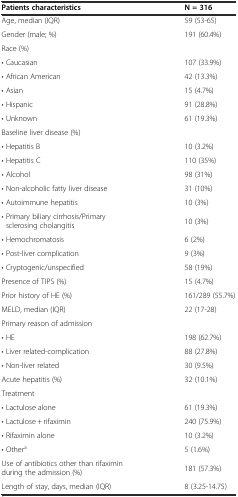
| Patients characteristics | N = 316 |
 | --- | --- |
 | Age, median (IQR) | 59 (53-65) |
 | Gender (male; %) | 191 (60.4%) |
 | Race (%) |  |
 | • Caucasian | 107 (33.9%) |
 | • African American | 42 (13.3%) |
 | • Asian | 15 (4.7%) |
 | • Hispanic | 91 (28.8%) |
 | • Unknown | 61 (19.3%) |
 | Baseline liver disease (%) |  |
 | • Hepatitis B | 10 (3.2%) |
 | • Hepatitis C | 110 (35%) |
 | • Alcohol | 98 (31%) |
 | • Non-alcoholic fatty liver disease | 31 (10%) |
 | • Autoimmune hepatitis | 10 (3%) |
 | • Primary biliary cirrhosis/Primary sclerosing cholangitis | 10 (3%) |
 | • Hemochromatosis | 6 (2%) |
 | • Post-liver complication | 9 (3%) |
 | • Cryptogenic/unspecified | 58 (19%) |
 | Presence of TIPS (%) | 15 (4.7%) |
 | Prior history of HE (%) | 161/289 (55.7%) |
 | MELD, median (IQR) | 22 (17-28) |
 | Primary reason of admission |  |
 | • HE | 198 (62.7%) |
 | • Liver related-complication | 88 (27.8%) |
 | • Non-liver related | 30 (9.5%) |
 | Acute hepatitis (%) | 32 (10.1%) |
 | Treatment |  |
 | • Lactulose alone | 61 (19.3%) |
 | • Lactulose + rifaximin | 240 (75.9%) |
 | • Rifaximin alone | 10 (3.2%) |
 | • Othera | 5 (1.6%) |
 | Use of antibiotics other than rifaximin during the admission (%) | 181 (57.3%) |
 | Length of stay, days, median (IQR) | 8 (3.25-14.75) |